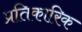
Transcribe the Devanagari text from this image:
प्रतिकारिक